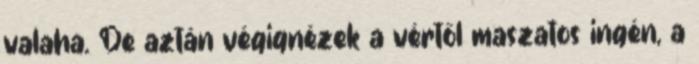
valaha. De aztán végignézek a vértől maszatos ingén, a